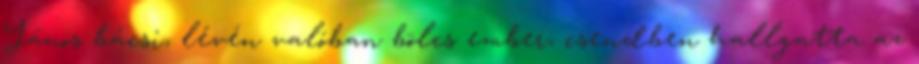
János bácsi, lévén valóban bölcs ember, csendben hallgatta az